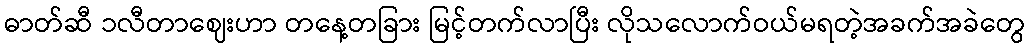
ဓာတ်ဆီ ၁လီတာဈေးဟာ တနေ့တခြား မြင့်တက်လာပြီး လိုသလောက်ဝယ်မရတဲ့အခက်အခဲတွေ